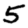
Digit: 5